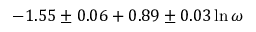
- 1 . 5 5 \pm 0 . 0 6 + 0 . 8 9 \pm 0 . 0 3 \ln \omega